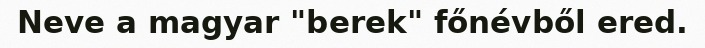
Neve a magyar "berek" főnévből ered.